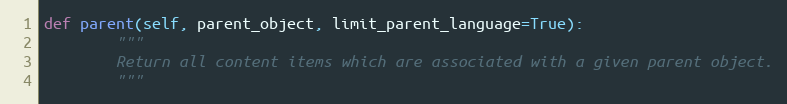
Language: Python
def parent(self, parent_object, limit_parent_language=True):
        """
        Return all content items which are associated with a given parent object.
        """